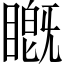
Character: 𬑦